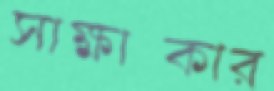
সাক্ষাত্কার